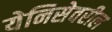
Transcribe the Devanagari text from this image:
येनिसेवरील